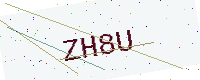
Text: ZH8U